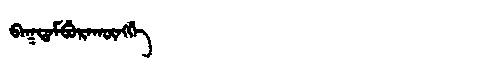
Manchu: ᠪᠠᡴᡨᠠᠮᠪᡠᡵᠠᡴᡡᠩᡤᡝ
Romanization: BAKTAMBURAKŪNGGE